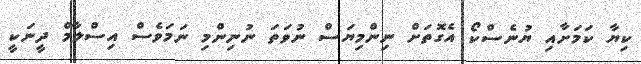
ކިޔާ ކަމަށާއި ޔުނެސްކޯ އެގޮތަށް ނިންމިޔަސް ނުވަތަ ނުނިންމި ނަމަވެސް އިސްލާމް ދީނަކީ